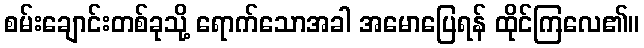
စမ်းချောင်းတစ်ခုသို့ ရောက်သောအခါ အမောပြေရန် ထိုင်ကြလေ၏။